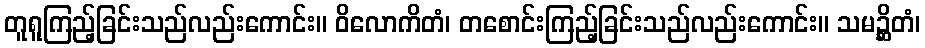
တူရူကြည့်ခြင်းသည်လည်းကောင်း။ ဝိလောကိတံ၊ တစောင်းကြည့်ခြင်းသည်လည်းကောင်း။ သမဉ္ဆိတံ၊